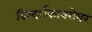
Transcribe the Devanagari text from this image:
दिग्दर्शकाबरोबर